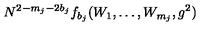
N ^ { 2 - m _ { j } - 2 b _ { j } } f _ { b _ { j } } ( W _ { 1 } , \ldots , W _ { m _ { j } } , g ^ { 2 } )